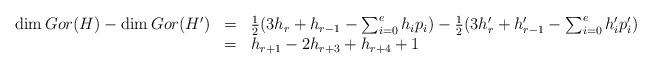
LaTeX: \begin{align*} \begin{array}{rcl} \dim Gor(H)-\dim Gor(H') & = & \frac12(3h_r+h_{r-1}-\sum _{i=0}^eh_ip_i)-\frac12(3h'_r+h'_{r-1}-\sum _{i=0}^eh'_ip'_i)\\ & = & h_{r+1}-2h_{r+3}+h_{r+4}+1 \end{array} \end{align*}